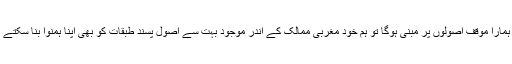
اگر ہمارا موقف اصولوں پر مبنی ہوگا تو ہم خود مغربی ممالک کے اندر موجود بہت سے اصول پسند طبقات کو بھی اپنا ہمنوا بنا سکتے ہیں۔